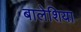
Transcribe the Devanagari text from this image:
बालेशिया